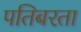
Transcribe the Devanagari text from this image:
पतिबरता